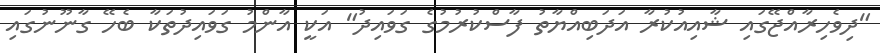
"ދިވެހިރާއްޖޭގައި ޝާއިއުކުރާ އަދަބިއްޔާތު ފާސްކުރުމުގެ ގަވައިދު" އަކީ އާންމު ގަވައިދުތަކާ ބެހޭ ގާނޫނުގައި